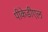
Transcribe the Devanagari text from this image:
पीकेडीएल